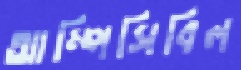
আম্পিসিবিল